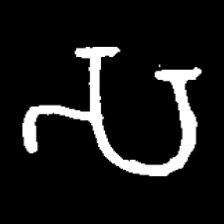
Pyu character \u2014 Myanmar letter: သ (romanized: sa)